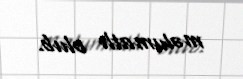
məlumatlı olub.